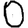
Digit: 0